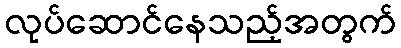
လုပ်ဆောင်နေသည့်အတွက်